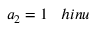
a _ { 2 } = 1 \; \; \; h i n u